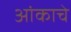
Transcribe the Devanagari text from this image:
आंकाचे